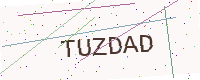
Text: TUZDAD